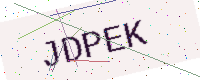
Text: JDPEK